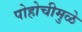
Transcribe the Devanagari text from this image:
पोहोचीमुळे